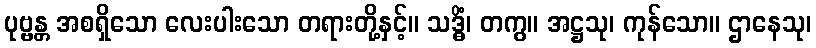
ပုဗ္ဗန္တ အစရှိသော လေးပါးသော တရားတို့နှင့်။ သဒ္ဓိံ၊ တကွ။ အဋ္ဌသု၊ ကုန်သော။ ဌာနေသု၊